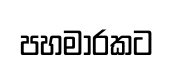
පහමාරකට